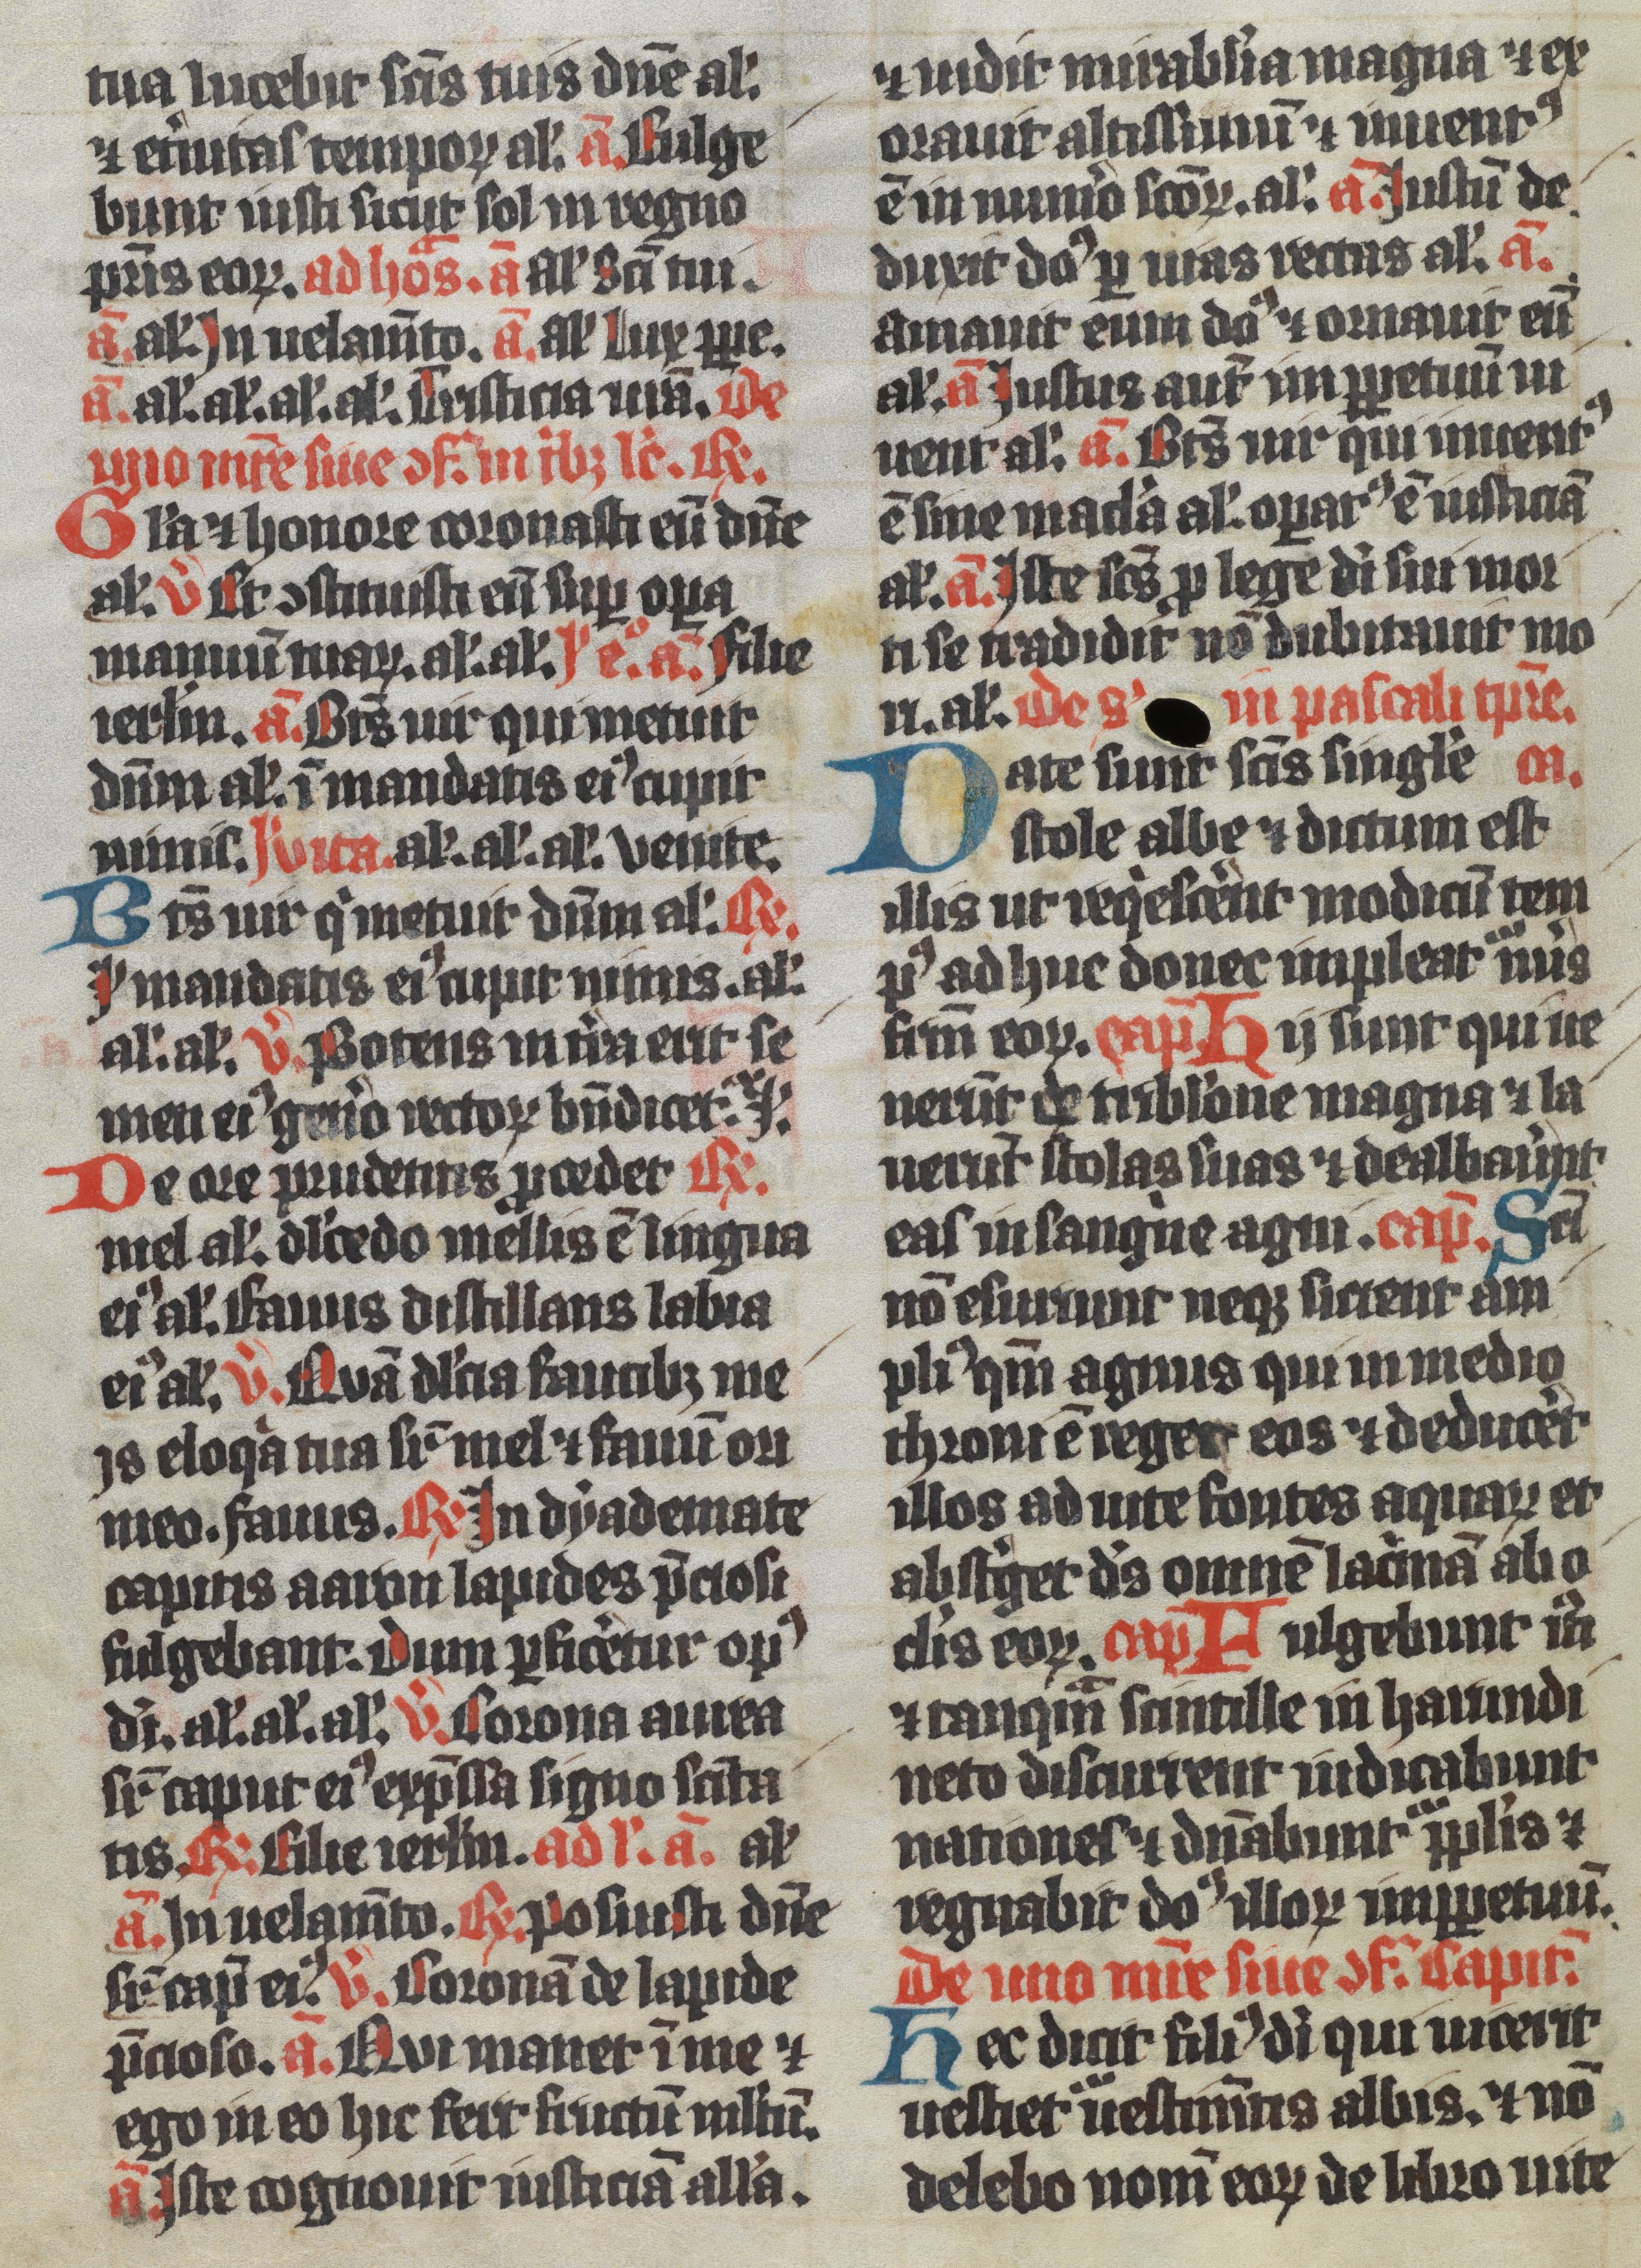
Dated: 1350–1399